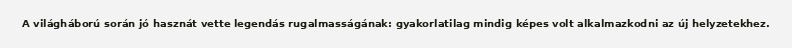
A világháború során jó hasznát vette legendás rugalmasságának: gyakorlatilag mindig képes volt alkalmazkodni az új helyzetekhez.